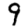
Digit: 9